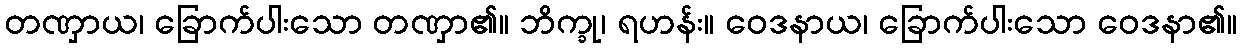
တဏှာယ၊ ခြောက်ပါးသော တဏှာ၏။ ဘိက္ခု၊ ရဟန်း။ ဝေဒနာယ၊ ခြောက်ပါးသော ဝေဒနာ၏။